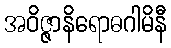
အဝိဇ္ဇာနိရောဓဂါမိနီ